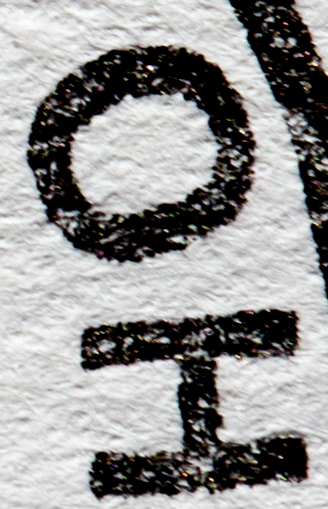
OH